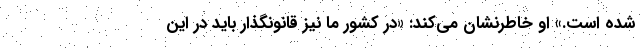
شده است.» او خاطرنشان می‌کند: «در کشور ما نیز قانونگذار باید در این